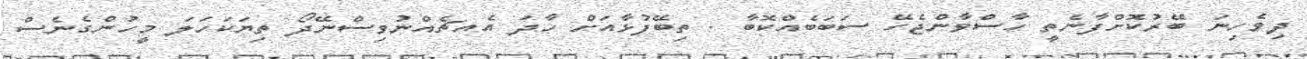
ދިވެހިނަ ބޭރުކޮށްފާނެތީ ހާސްވާންޖެހޭ ސަބަބެއްކޮބާ . ތިބޭފުޅާއަށް ހާދަ އެއޗެއްނުވިސްނޭދޯ ތިޔަކަހަލަ މީހުންގެނެސް